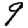
Digit: 9